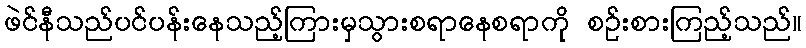
ဖဲင်နီသည်ပင်ပန်းနေသည့်ကြားမှသွားစရာနေစရာကို စဉ်းစားကြည့်သည်။